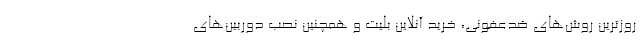
‌روزترین روش‌های ضدعفونی، خرید آنلاین بلیت و همچنین نصب دوربین‌های